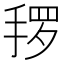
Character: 𱠌